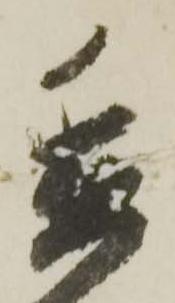
委